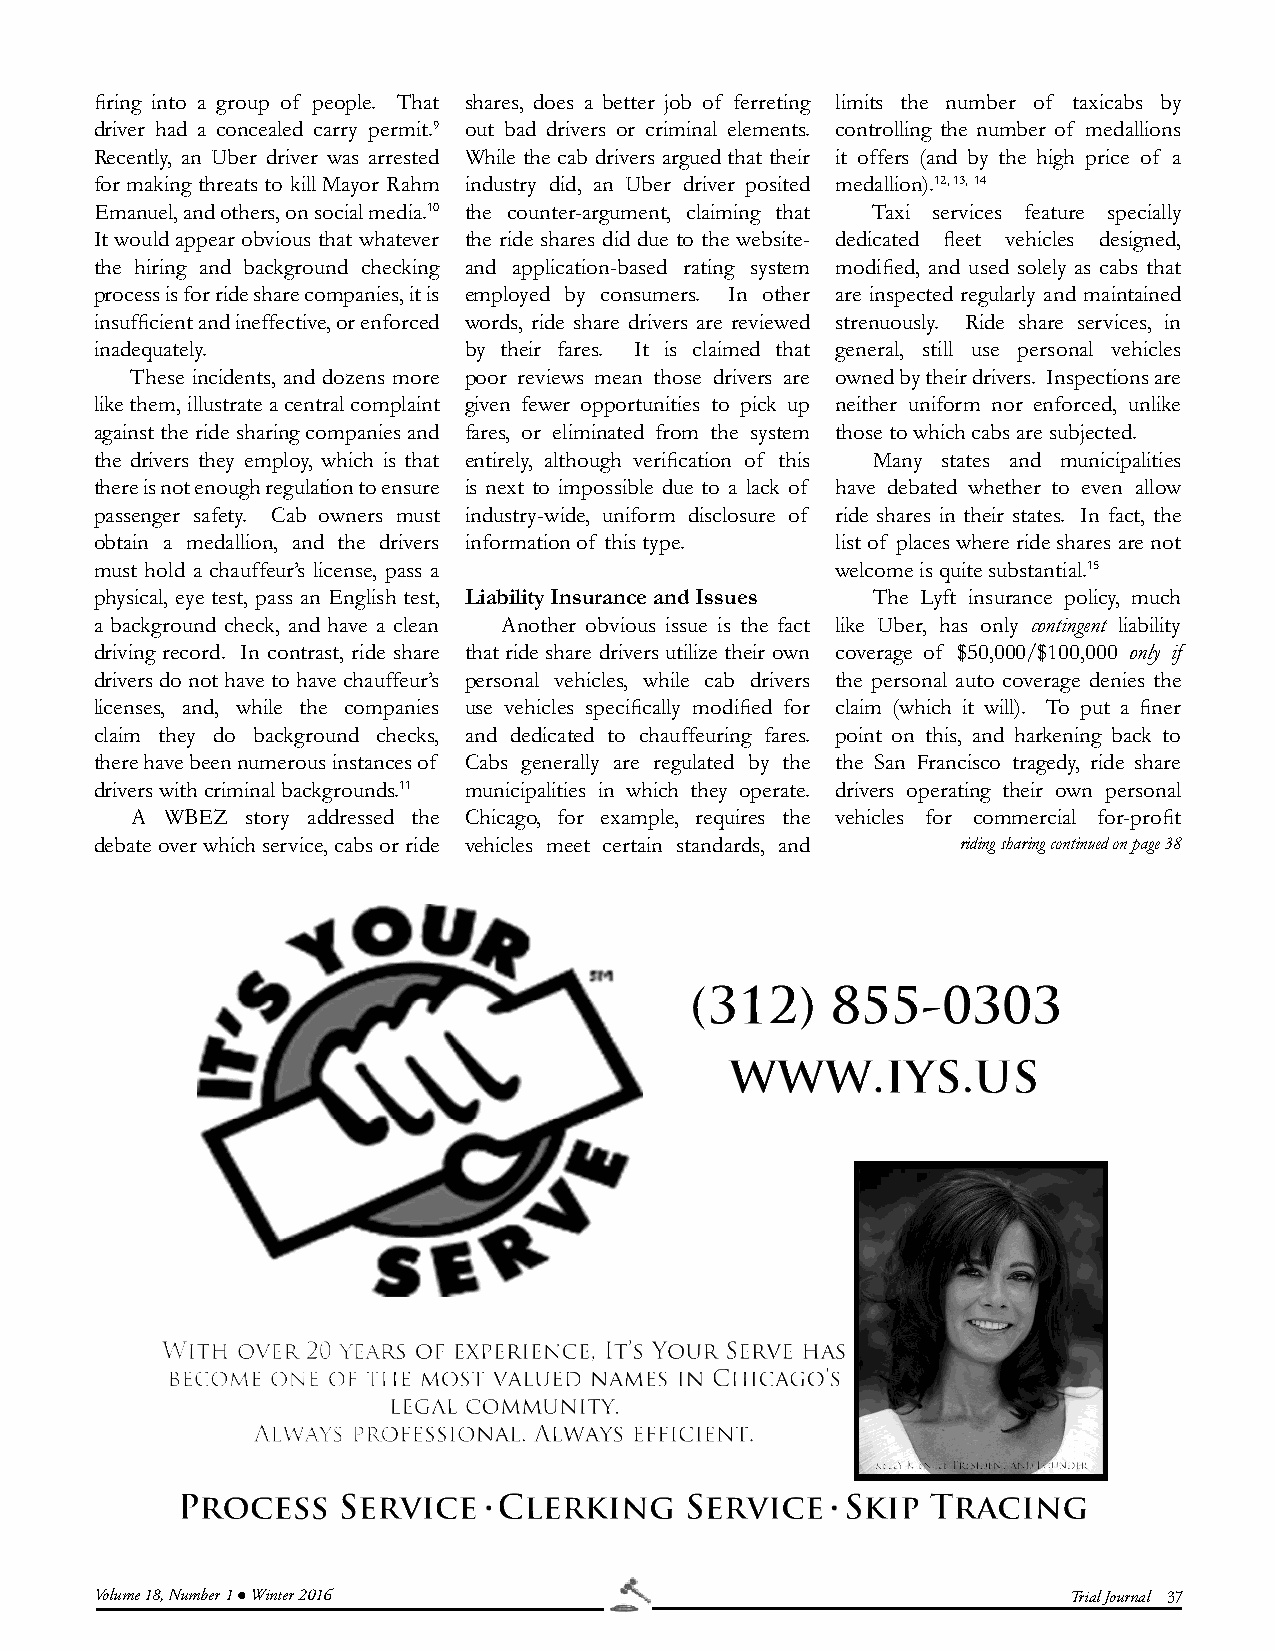
fi ring into a group of people. That shares, does a better job of ferreting limits the number of taxicabs by
 driver had a concealed carry permit.9 out bad drivers or criminal elements. controlling the number of medallions
 Recently, an Uber driver was arrested While the cab drivers argued that their it offers (and by the high price of a
 for making threats to kill Mayor Rahm industry did, an Uber driver posited medallion).12, 13, 14
 Emanuel, and others, on social media.10 the counter-argument, claiming that Taxi services feature specially
 It would appear obvious that whatever the ride shares did due to the website- dedicated fl eet vehicles designed,
 the hiring and background checking and application-based rating system modifi ed, and used solely as cabs that
 process is for ride share companies, it is employed by consumers. In other are inspected regularly and maintained
 insuffi cient and ineffective, or enforced words, ride share drivers are reviewed strenuously. Ride share services, in
 inadequately.            by their fares. It is claimed that general, still use personal vehicles
 These incidents, and dozens more poor reviews mean those drivers are owned by their drivers. Inspections are
 like them, illustrate a central complaint given fewer opportunities to pick up neither uniform nor enforced, unlike
 against the ride sharing companies and fares, or eliminated from the system those to which cabs are subjected.
 the drivers they employ, which is that entirely, although verifi cation of this Many states and municipalities
 there is not enough regulation to ensure is next to impossible due to a lack of have debated whether to even allow
 passenger safety. Cab owners must industry-wide, uniform disclosure of ride shares in their states. In fact, the
 obtain a medallion, and the drivers information of this type. list of places where ride shares are not
 must hold a chauffeur’s license, pass a          welcome is quite substantial.15
 physical, eye test, pass an English test, Liability Insurance and Issues The Lyft insurance policy, much
 a background check, and have a clean Another obvious issue is the fact like Uber, has only contingent liability
 driving record. In contrast, ride share that ride share drivers utilize their own coverage of $50,000/$100,000 only if
 drivers do not have to have chauffeur’s personal vehicles, while cab drivers the personal auto coverage denies the
 licenses, and, while the companies use vehicles specifi cally modifi ed for claim (which it will). To put a fi ner
 claim they do background checks, and dedicated to chauffeuring fares. point on this, and harkening back to
 there have been numerous instances of Cabs generally are regulated by the the San Francisco tragedy, ride share
 drivers with criminal backgrounds.11 municipalities in which they operate. drivers operating their own personal
 A WBEZ story addressed the Chicago, for example, requires the vehicles for commercial for-profi t
 debate over which service, cabs or ride vehicles meet certain standards, and riding sharing continued on page 38
 Volume 18, Number 1 l Winter 2016                                Trial Journal 37